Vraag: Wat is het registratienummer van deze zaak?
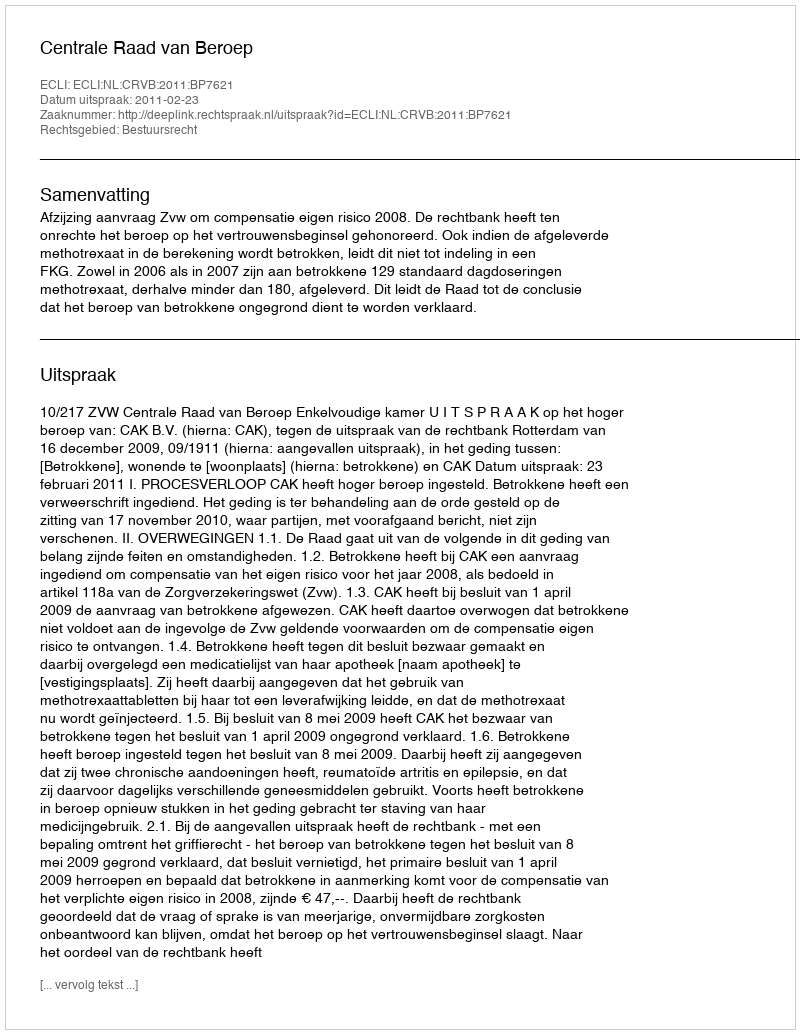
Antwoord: http://deeplink.rechtspraak.nl/uitspraak?id=ECLI:NL:CRVB:2011:BP7621